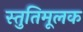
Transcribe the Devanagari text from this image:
स्तुतिमूलक